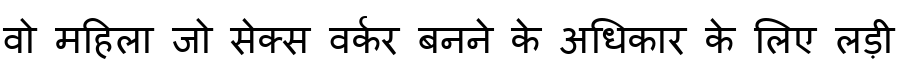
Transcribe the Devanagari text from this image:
वो महिला जो सेक्स वर्कर बनने के अधिकार के लिए लड़ी